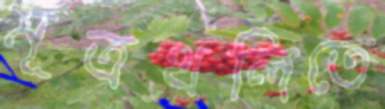
মূত্রথলিতে